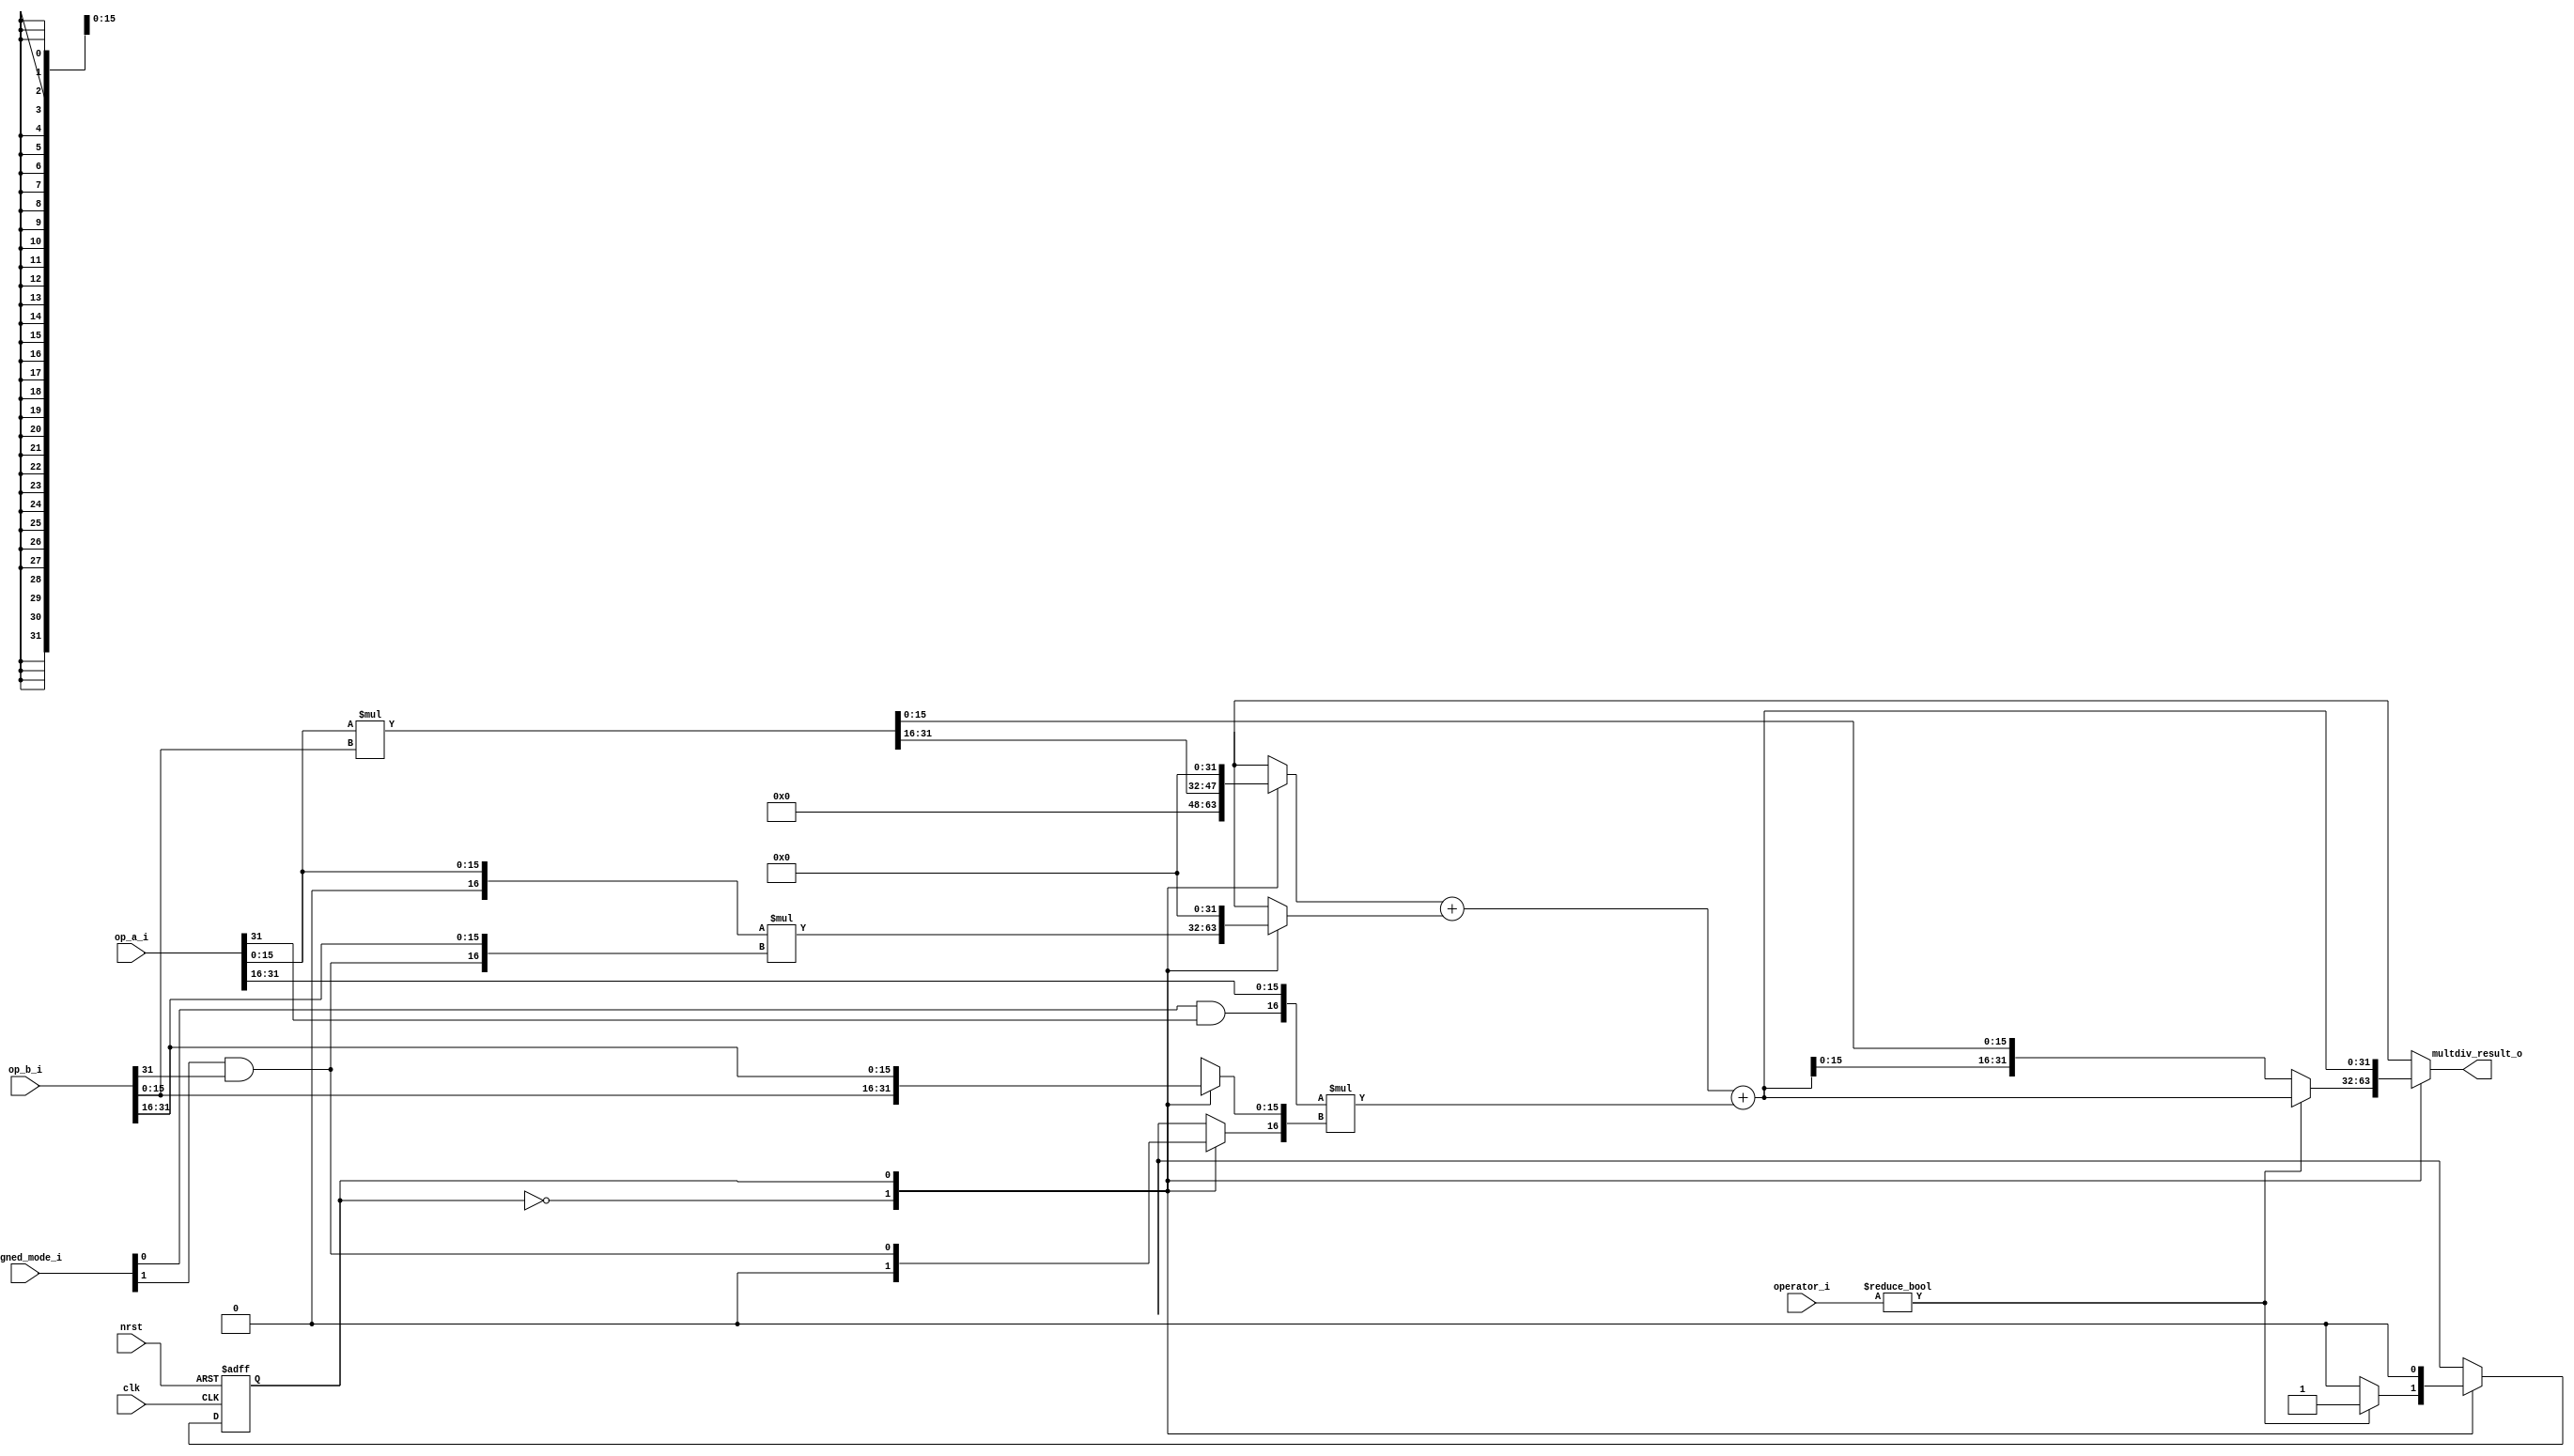
module asu_riscv_multiplier (
	input wire clk,
	input wire nrst,
	input wire [1:0] operator_i,
	input wire [1:0] signed_mode_i,
	input wire [31:0] op_a_i,
	input wire [31:0] op_b_i,
	output wire [31:0] multdiv_result_o
);

	wire signed [34:0] mac_res_signed;
	wire [34:0] mac_res_ext;
	wire [33:0] accum;
	wire sign_a;
	wire sign_b;
	reg mult_valid;
	wire signed_mult;
	reg [33:0] mac_res_d;
	wire [33:0] mac_res;
	wire multdiv_en;
	reg mult_hold;
	wire mult_en_internal;
	assign mult_en_internal = ~mult_hold;
	assign multdiv_en = mult_en_internal;
	wire unused_mac_res_ext;
	assign unused_mac_res_ext = mac_res_ext[34];
	assign signed_mult = signed_mode_i != 2'b00;
	assign multdiv_result_o = mac_res_d[31:0];
	reg mult_state_q;
	reg mult_state_d;
	wire signed [33:0] mult1_res;
	wire signed [33:0] mult2_res;
	wire signed [33:0] mult3_res;
	wire [33:0] mult1_res_uns;
	wire [33:32] unused_mult1_res_uns;
	wire [15:0] mult1_op_a;
	wire [15:0] mult1_op_b;
	wire [15:0] mult2_op_a;
	wire [15:0] mult2_op_b;
	reg [15:0] mult3_op_a;
	reg [15:0] mult3_op_b;
	wire mult1_sign_a;
	wire mult1_sign_b;
	wire mult2_sign_a;
	wire mult2_sign_b;
	reg mult3_sign_a;
	reg mult3_sign_b;
	reg [33:0] summand1;
	reg [33:0] summand2;
	reg [33:0] summand3;
	assign mult1_res = $signed({mult1_sign_a, mult1_op_a}) * $signed({mult1_sign_b, mult1_op_b});
	assign mult2_res = $signed({mult2_sign_a, mult2_op_a}) * $signed({mult2_sign_b, mult2_op_b});
	assign mult3_res = $signed({mult3_sign_a, mult3_op_a}) * $signed({mult3_sign_b, mult3_op_b});
	assign mac_res_signed = ($signed(summand1) + $signed(summand2)) + $signed(summand3);
	assign mult1_res_uns = $unsigned(mult1_res);
	assign mac_res_ext = $unsigned(mac_res_signed);
	assign mac_res = mac_res_ext[33:0];
	assign sign_a = signed_mode_i[0] & op_a_i[31];
	assign sign_b = signed_mode_i[1] & op_b_i[31];
	assign mult1_sign_a = 1'b0;
	assign mult1_sign_b = 1'b0;
	assign mult1_op_a = op_a_i[15:0];
	assign mult1_op_b = op_b_i[15:0];
	assign mult2_sign_a = 1'b0;
	assign mult2_sign_b = sign_b;
	assign mult2_op_a = op_a_i[15:0];
	assign mult2_op_b = op_b_i[31:16];
	assign accum[17:0] = 18'b000000000000000000;
	assign accum[33:18] = {16 {signed_mult & 1'b0}};
	always @(*) begin
		mult3_sign_a = sign_a;
		mult3_sign_b = 1'b0;
		mult3_op_a = op_a_i[31:16];
		mult3_op_b = op_b_i[15:0];
		summand1 = {18'h00000, mult1_res_uns[31:16]};
		summand2 = $unsigned(mult2_res);
		summand3 = $unsigned(mult3_res);
		mac_res_d = {2'b00, mac_res[15:0], mult1_res_uns[15:0]};
		mult_valid = 1'b1;
		mult_state_d = 1'd0;
		mult_hold = 1'b0;
		case (mult_state_q)
			1'd0:
				if (operator_i != 2'b00) begin
					mac_res_d = mac_res;
					mult_valid = 1'b0;
					mult_state_d = 1'd1;
				end
				else
					mult_hold = 1'b0;
			1'd1: begin
				mult3_sign_a = sign_a;
				mult3_sign_b = sign_b;
				mult3_op_a = op_a_i[31:16];
				mult3_op_b = op_b_i[31:16];
				mac_res_d = mac_res;
				summand1 = 1'sb0;
				summand2 = accum;
				summand3 = $unsigned(mult3_res);
				mult_state_d = 1'd0;
				mult_valid = 1'b1;
				mult_hold = 1'b0;
			end
			default: mult_state_d = 1'd0;
		endcase
	end
	always @(posedge clk or negedge nrst)
		if (!nrst)
			mult_state_q <= 1'd0;
		else if (mult_en_internal)
			mult_state_q <= mult_state_d;
	assign unused_mult1_res_uns = mult1_res_uns[33:32];
endmodule